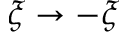
\xi \to - \xi